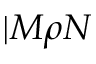
| M \rho N \rrangle